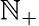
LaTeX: \mathbb{N}_{+}